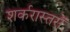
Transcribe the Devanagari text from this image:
शर्करास्तरों